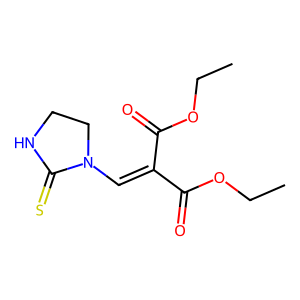
SMILES: CCOC(=O)C(=CN1CCNC1=S)C(=O)OCC
Inhibits HIV replication: No